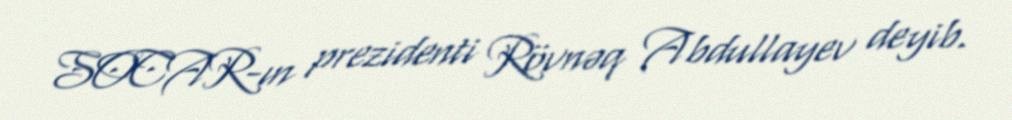
SOCAR-ın prezidenti Rövnəq Abdullayev deyib.